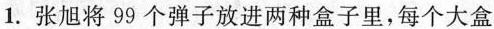
1.张旭将99个弹子放进两种盒子里，每个大盒子